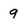
Character: 9